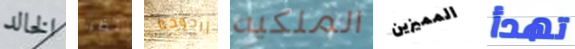
الخالد ننتظر أرجوحة الملكيه المميزين تهدأ